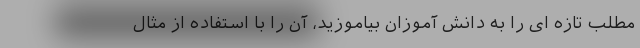
مطلب تازه ای را به دانش آموزان بیاموزید، آن را با استفاده از مثال